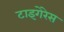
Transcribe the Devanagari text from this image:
टाइगेरेस